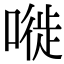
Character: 嘥